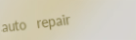
auto repair